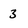
Character: 3